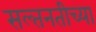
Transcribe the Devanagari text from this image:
सल्तनतीच्या